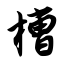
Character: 槽